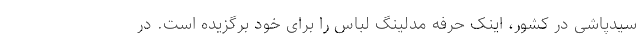
سیدپاشی در کشور، اینک حرفه مدلینگ لباس را برای خود برگزیده است. در